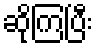
ဆိုကြပြီး